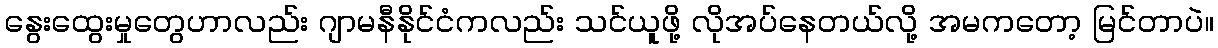
နွေးထွေးမှုတွေဟာလည်း ဂျာမနီနိုင်ငံကလည်း သင်ယူဖို့ လိုအပ်နေတယ်လို့ အမကတော့ မြင်တာပဲ။